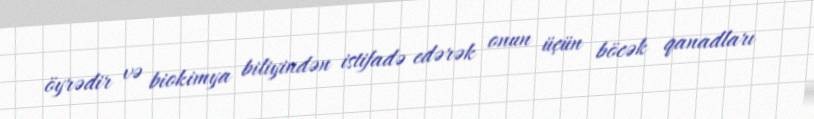
öyrədir və biokimya biliyindən istifadə edərək onun üçün böcək qanadları